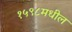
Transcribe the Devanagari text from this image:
१५९८मधील